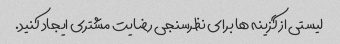
لیستی از گزینه ها برای نظرسنجی رضایت مشتری ایجاد کنید.